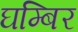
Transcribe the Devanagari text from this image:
घम्बिर